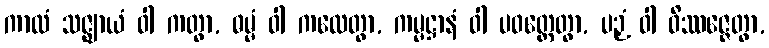
ကာလံ သဇ္ဈာယံ ဝါ ကတွာ, ဓမ္မံ ဝါ ကထေတွာ, ကမ္မဋ္ဌာနံ ဝါ ပဝတ္တေတွာ, ပဉှံ ဝါ ဝိဿဇ္ဇေတွာ,